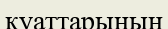
куаттарының